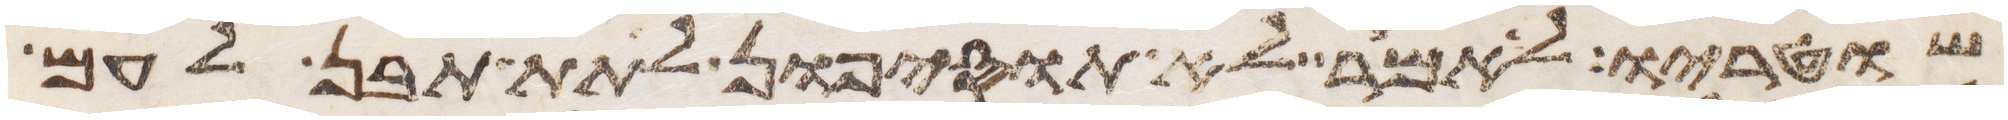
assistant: שוטריו לאמר לא תוסיפון לתת תבן לעם